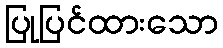
ပြုပြင်ထားသော